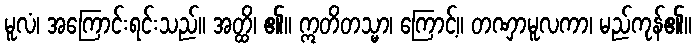
မူလံ၊ အကြောင်းရင်းသည်။ အတ္ထိ၊ ၏။ ဣတိတသ္မာ၊ ကြောင့်။ တဏှာမူလကာ၊ မည်ကုန်၏။